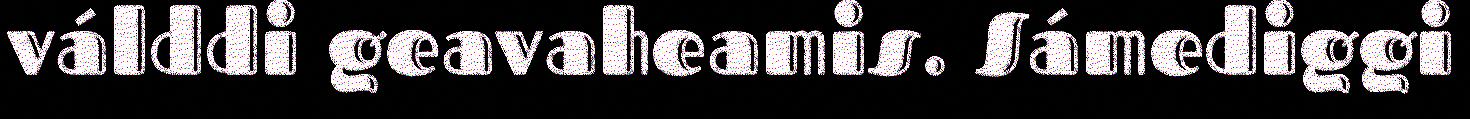
válddi geavaheamis. Sámediggi